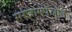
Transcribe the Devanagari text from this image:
सरंजामपञात